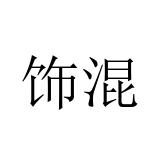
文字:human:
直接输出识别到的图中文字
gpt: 饰混